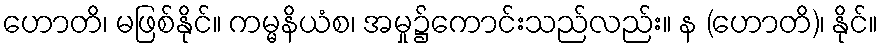
ဟောတိ၊ မဖြစ်နိုင်။ ကမ္မနိယံစ၊ အမှု၌ကောင်းသည်လည်း။ န (ဟောတိ)၊ နိုင်။